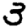
Digit: 3